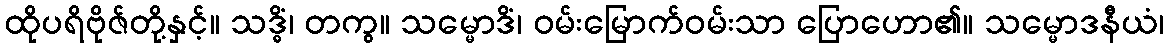
ထိုပရိဗိုဇ်တို့နှင့်။ သဒ္ဓိံ၊ တကွ။ သမ္မောဒိံ၊ ဝမ်းမြောက်ဝမ်းသာ ပြောဟော၏။ သမ္မောဒနီယံ၊